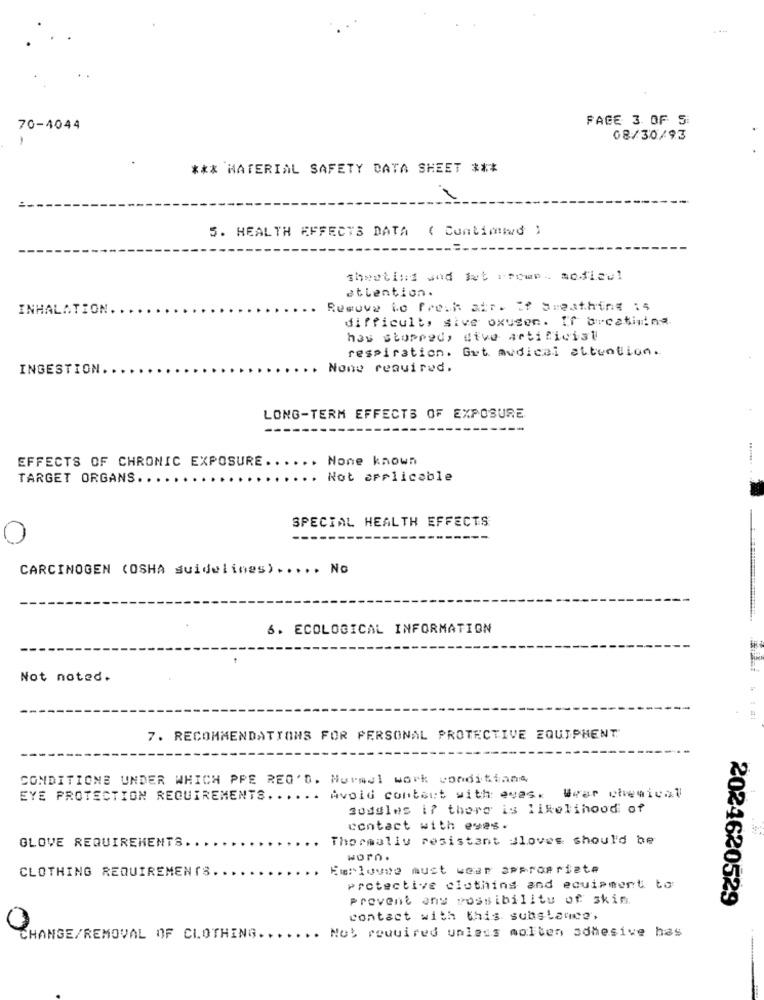
PAGE 3 OF 5:
70-4044
08/30/93
*** MATERIAL SAFETY DATA SHEET ***
5. HEALTH EFFECTS DATA ( Cuntiord )
shooting and fut iPour. sofieel
attention.
INHALATION.
Resuve Lo fresh air. If Sheathing 15
difficult, sive oxusen. If bucatinina.
has stopped, dive artifivist
respiration. Gut audical attention.
INGESTION ..
None required.
LONG-TERM EFFECTS OF EXPOSURE
EFFECTS OF CHRONIC EXPOSURE.
None known
TARGET ORGANS ...
Not applicable
SPECIAL HEALTH EFFECTS
0
CARCINOGEN (OSHA guidelines) ..... No
6. ECOLOGICAL INFORMATION
Not noted.
14
7. RECOMMENDATIONS FOR PERSONAL PROTECTIVE EQUIPMENT
CONDITIONS UNDER WHICH PPE REG'D. Nurmel work conditions
EYE PROTECTION REQUIREMENTS ...... Avoid contact with: evas.
Wwar chemical
Boddles i? there is likelihood of
contact with eyes.
Thermally resistant sloves should be
GLOVE REQUIREMENTS ..
worn.
CLOTHING REQUIREMENTS.
Emmlovwe must wear appropriate
protective clothing and equipment to
Prevent any possibility of skin
2024620529
contact with this substance
Not required unless molten adhesive has
CHANGE/REMOVAL OF CLOTHING ....